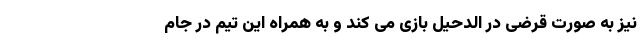
نیز به صورت قرضی در الدحیل بازی می کند و به همراه این تیم در جام